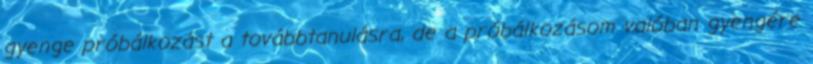
gyenge próbálkozást a továbbtanulásra, de a próbálkozásom valóban gyengére